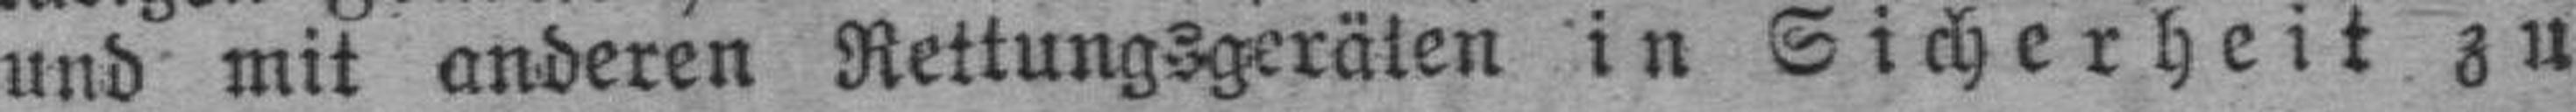
und mit anderen Rettungsgeräten in Sicherheit zu